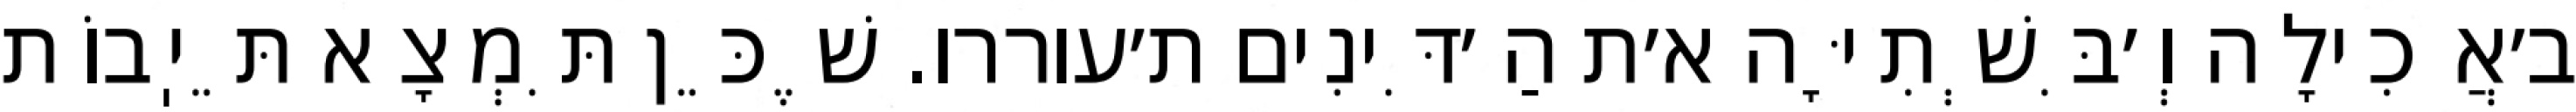
ב׳אֲכִילָה וְ׳בִּשְׁתִיָּה א׳ת הַ׳דִּינִים ת׳עוררו. שֶׁכֵּן תִּמְצָא תֵּיֽבוֹת